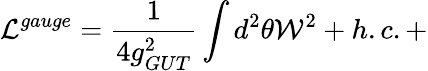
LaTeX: {\cal L}^{gauge}=\frac{1}{4g_{GUT}^{2}}\int d^{2}\theta{\cal W}^{2}+h.c.+